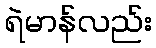
ရဲမာန်လည်း